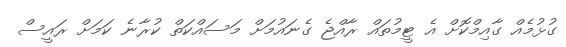
ގުޅުމެއް ގާއިމްކޮށް އެ ޓީމުތައް ރާއްޖެ ގެނައުމަށް މަސައްކަތް ކުރާނެ ކަމަށް ރައީސް